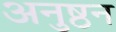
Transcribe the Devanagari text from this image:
अनुष्ठन